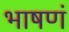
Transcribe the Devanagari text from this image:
भाषणं